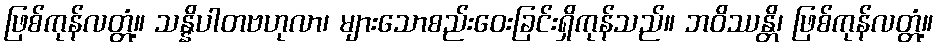
ဖြစ်ကုန်လတ္တံ့။ သန္နိပါတဗဟုလာ၊ များသောစည်းဝေးခြင်းရှိကုန်သည်။ ဘဝိဿန္တိ၊ ဖြစ်ကုန်လတ္တံ့။